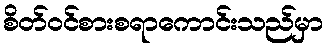
စိတ်ဝင်စားစရာကောင်းသည်မှာ